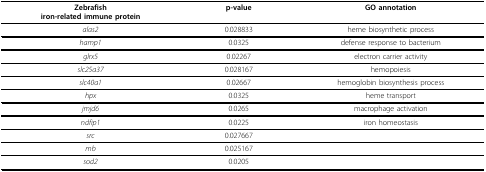
| Zebrafishiron-related immune protein | p-value | GO annotation |
 | --- | --- | --- |
 | alas2 | 0.028833 | heme biosynthetic process |
 | hamp1 | 0.0325 | defense response to bacterium |
 | glrx5 | 0.02267 | electron carrier activity |
 | slc25a37 | 0.028167 | hemopoiesis |
 | slc40a1 | 0.02667 | hemoglobin biosynthesis process |
 | hpx | 0.0325 | heme transport |
 | jmjd6 | 0.0265 | macrophage activation |
 | ndfip1 | 0.0225 | iron homeostasis |
 | src | 0.027667 |  |
 | mb | 0.025167 |  |
 | sod2 | 0.0205 |  |